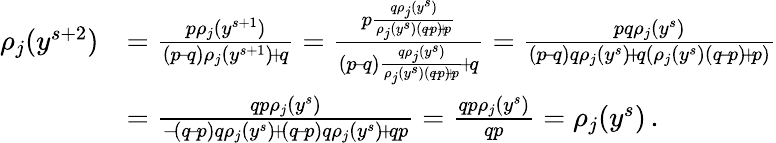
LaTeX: \begin{array}{rl}{\rho_{j}(y^{s+2})}&{=\frac{p\rho_{j}(y^{s+1})}{(p\! -\! q)\rho_{j}(y^{s+1})\! +\! q}=\frac{p\frac{q\rho_{j}(y^{s})}{\rho_{j}(y^{s})(q\! -\! p)\! +\! p}}{(p\! -\! q)\frac{q\rho_{j}(y^{s})}{\rho_{j}(y^{s})(q\! -\! p)\! +\! p}\! +\! q}=\frac{pq\rho_{j}(y^{s})}{(p\! -\! q)q\rho_{j}(y^{s})\! +\! q(\rho_{j}(y^{s})(q\! -\! p)\! +\! p)}}\\ &{=\frac{qp\rho_{j}(y^{s})}{-\! (q\! -\! p)q\rho_{j}(y^{s})\! +\! (q\! -\! p)q\rho_{j}(y^{s})\! +\! qp}=\frac{qp\rho_{j}(y^{s})}{qp}=\rho_{j}(y^{s})\, .}\end{array}